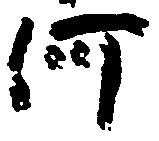
河